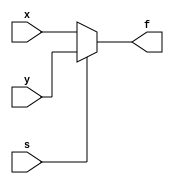
module compact(input x,y,s, output reg f);

always @(x,y,s)
    if (s==0)
        f=x;
    else 
        f=y;

endmodule